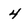
Character: 4